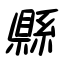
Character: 縣